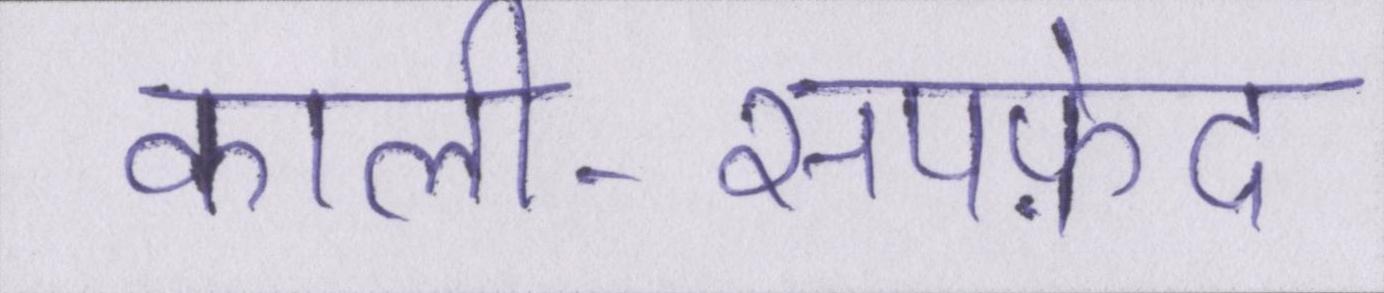
काली-सपफ़ेद